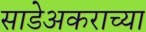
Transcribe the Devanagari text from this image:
साडेअकराच्या